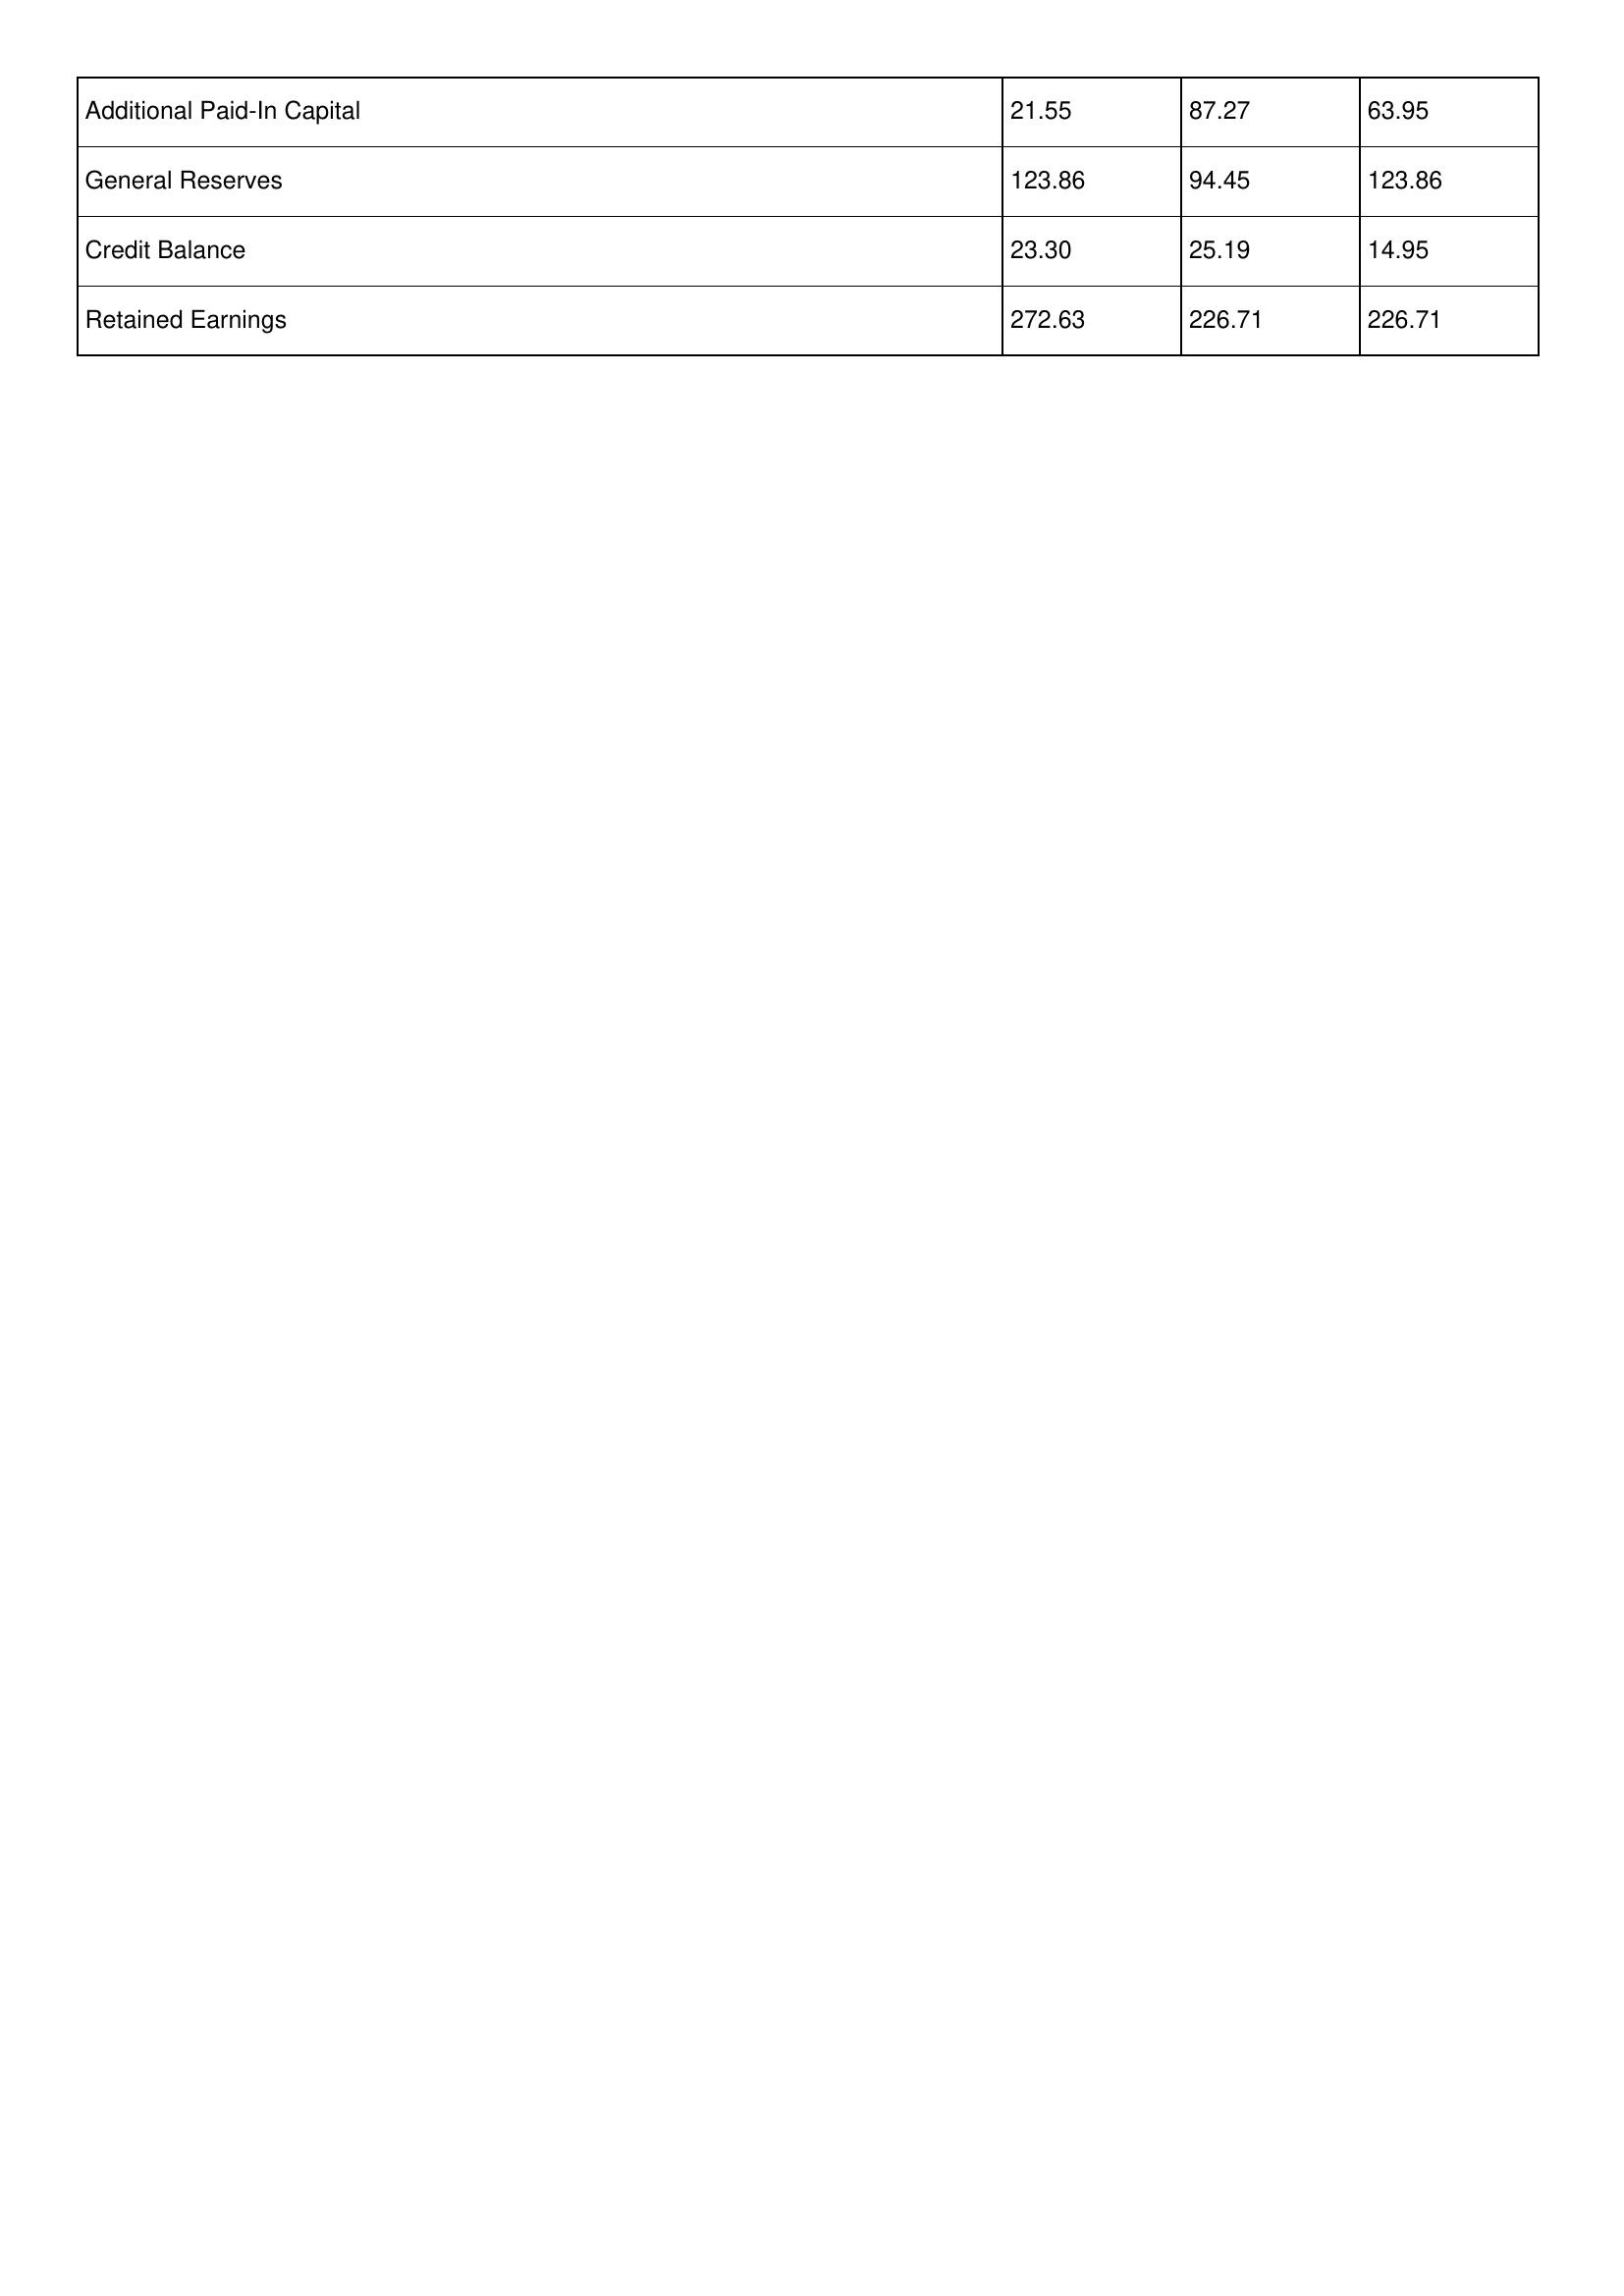
gt_parse: 2018: Additional Paid-In Capital: 21.55
General Reserves: 123.86
Credit Balance: 23.30
Retained Earnings: 272.63
2017: Additional Paid-In Capital: 87.27
General Reserves: 94.45
Credit Balance: 25.19
Retained Earnings: 226.71
2016: Additional Paid-In Capital: 63.95
General Reserves: 123.86
Credit Balance: 14.95
Retained Earnings: 226.71